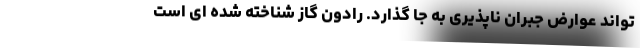
تواند عوارض جبران ناپذیری به جا گذارد. رادون گاز شناخته شده ای است